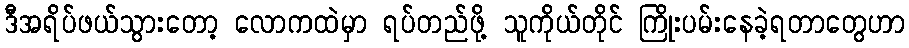
ဒီအရိပ်ဖယ်သွားတော့ လောကထဲမှာ ရပ်တည်ဖို့ သူကိုယ်တိုင် ကြိုးပမ်းနေခဲ့ရတာတွေဟာ